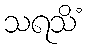
သရသိံ